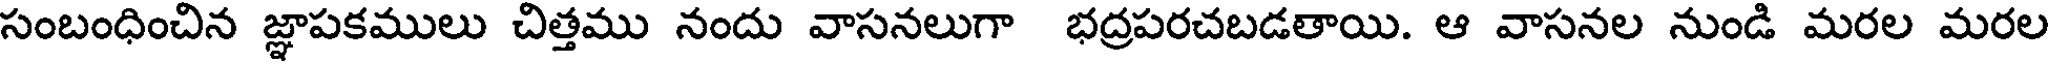
సంబంధించిన జ్ఞాపకములు చిత్తము నందు వాసనలుగా భద్రపరచబడతాయి. ఆ వాసనల నుండి మరల మరల